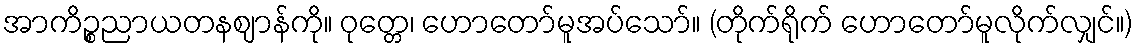
အာကိဉ္စညာယတနဈာန်ကို။ ဝုတ္တေ၊ ဟောတော်မူအပ်သော်။ (တိုက်ရိုက် ဟောတော်မူလိုက်လျှင်။)